Lunatic asylums Punjab 1868-1880 - 1868-1880
Year: 1868
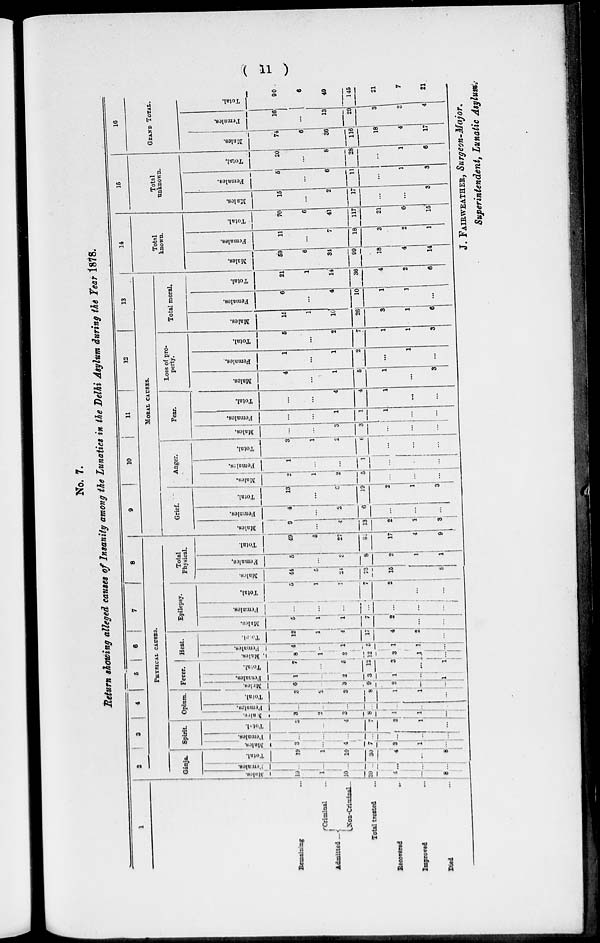
( 11 )
No. 7.
Return showing alleged causes of Insanity among the Lunatics in the Delhi Asylum during the Tear 1878.
1
Remaining ..
Admitted ...
Criminal ...
Non-Criminal ...
Total treated ...
Recovered ...
Improved ...
Died ...
2
3
4
5
6
7
8
PHYSICAL CAUSES.
Gánja.
Males.
19
1
10
30
4
...
8
Females.
...
...
...
...
...
...
...
Total.
19
1
10
30
4
...
8
Spirit
Males.
3
...
4
7
3
1
...
Females.
...
...
...
...
...
...
...
Total.
3
...
4
7
3
1
...
Opium.
Males
3
2
3
8
1
1
...
Females.
....
...
..
...
...
...
...
Total.
3
2
3
8
1
1
...
Fever.
Males.
6
...
3
9
2
...
1
Females.
1
...
2
3
1
...
...
Total.
7
1
5
12
3
...
1
Heat.
Males.
8
1
3
12
3
1
1
Females.
4
...
1
5
l
1
...
Total.
12
1
4
17
4
2
...
Epilepsy.
Mules.
5
1
1
7
2
...
Females.
...
...
...
4
...
...
...
Total.
5
1
1
7
2
...
Total
Physical.
Males.
44
5
24
73
15
...
8
Females,
5
...
3
8
2
1
1
Total.
49
5
27
81
17
4
9
9
10
11
12
13
MORAL CAUSES.
Grief.
Males.
9
...
4
13
2
1
3
Females.
4
...
2
6
...
...
...
Total.
13
...
...
19
2
1
3
Anger.
Males.
2
1
2
5
...
...
...
Females.
l
...
...
1
...
...
...
Total.
3
1
2
6
...
...
...
Fear.
Males.
...
...
3
3
...
...
...
Females.
...
...
1
1
1
...
...
Total.
...
...
4
4
1
...
...
Loss of pro-
perty.
Males.
4
...
1
5
1
...
3
Females..
1
...
1
2
...
1
...
Total.
5
...
2
7
1
1
3
Total moral.
Males.
15
1
10
26
3
1
6
Females.
6
...
4
10
1
1
...
Total.
21
1
14
36
4
2
6
14
Total
known.
Males.
59
6
34
99
18
4
14
Females.
11
...
7
18
3
2
1
Total.
70
6
41
117
21
6
15
15
Total
unknown.
Males.
15
...
2
17
...
...
3
Females.
5
...
6
11
...
1
3
Total.
20
...
8
28
...
1
6
16
GRAND TOTAL.
Males.
74
6
36
116
18
4
17
Females.
16
...
13
29
3
3
4
Total
90
6
49
145
21
7
21
J. FAIRWEATHER, Surgeon-Major,
Superintendent, Lunatic Asylum.